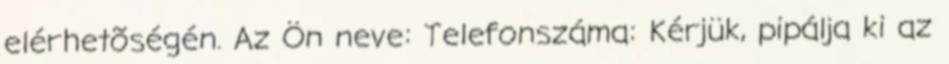
elérhetõségén. Az Ön neve: Telefonszáma: Kérjük, pipálja ki az